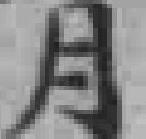
月